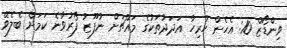
ވިންޑޯޒް 10: އެހެން ހުރިހާ އަދަދުތަކުގެ މައްޗަށް ނުފޫޒު ފޯރުވާނެ ކަމަށް ބެލެވޭ